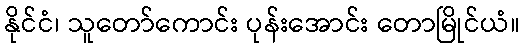
နိုင်ငံ၊ သူတော်ကောင်း ပုန်းအောင်း တောမြိုင်ယံ။